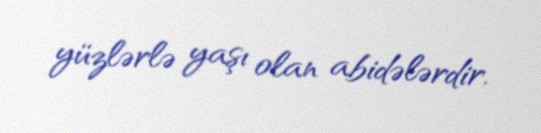
yüzlərlə yaşı olan abidələrdir.